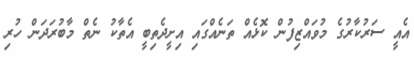
އެއީ ސަރުކާރުގެ މުވައްޒިފުން ކޮޅެއް ތަނެއްގައި އިށީދެތިބީ އެތާކު ނެތް މާބުރަދަން ހުރި